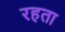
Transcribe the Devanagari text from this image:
रहता